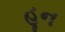
હૂન